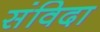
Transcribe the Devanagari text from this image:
संविदा